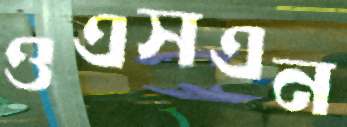
ওএসএন